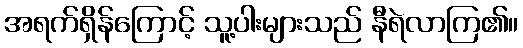
အရက်ရှိန်ကြောင့် သူ့ပါးများသည် နီရဲလာကြ၏။